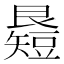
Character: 𥐉